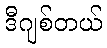
ဒီဂျစ်တယ်